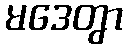
မဒေတွာ